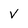
Character: v